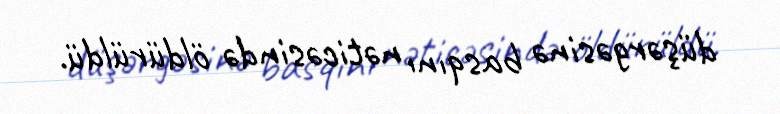
düşərgəsinə basqını nəticəsində öldürüldü.